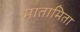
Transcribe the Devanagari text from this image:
मातामिता